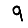
Digit: 9